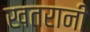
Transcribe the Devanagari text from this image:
खतरानी